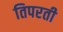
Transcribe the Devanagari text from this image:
तिपरती